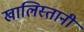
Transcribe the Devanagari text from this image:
खालिस्तानी